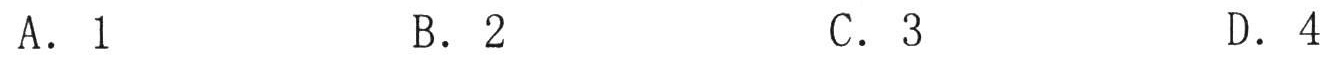
A. \(1\)  \hspace{2cm} B. \(2\)  \hspace{2cm} C. \(3\)  \hspace{2cm} D. \(4\)